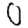
Digit: 0